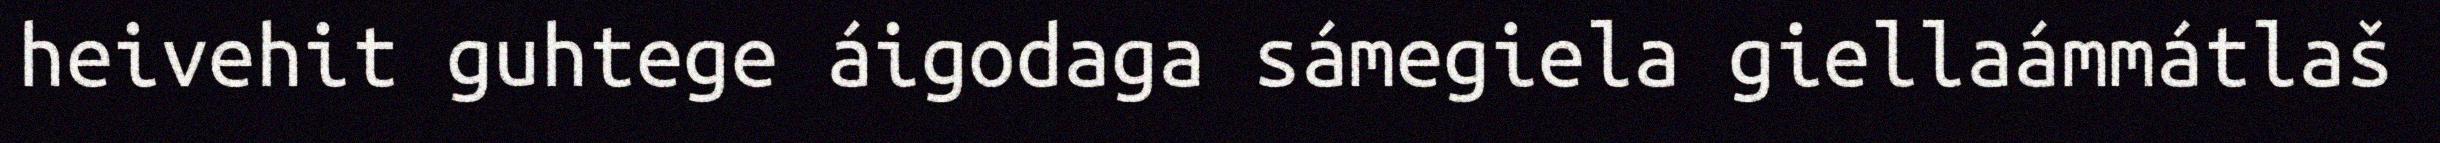
heivehit guhtege áigodaga sámegiela giellaámmátlaš